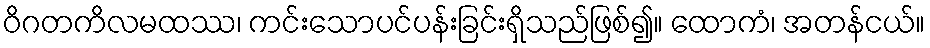
ဝိဂတကိလမထဿ၊ ကင်းသောပင်ပန်းခြင်းရှိသည်ဖြစ်၍။ ထောကံ၊ အတန်ငယ်။